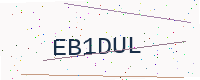
Text: EB1DUL